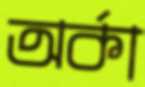
অর্কা